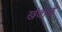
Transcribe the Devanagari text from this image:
खंबाळे